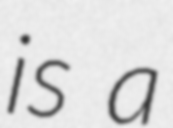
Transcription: is a